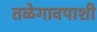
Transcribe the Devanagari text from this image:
तळेगावपाशी